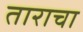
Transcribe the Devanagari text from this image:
ताराचा